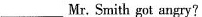
_________Mr.Smith got angry?